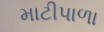
માટીપાળા